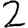
Digit: 2